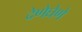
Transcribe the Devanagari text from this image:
देणेघेणे